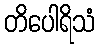
တိပေါရိသံ